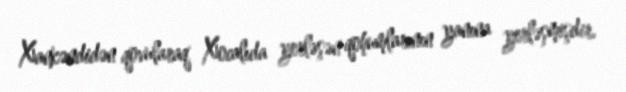
Xankəndidən qovularaq Xocalıda yerləşən qohumlarının yanına yerləşmişdir.